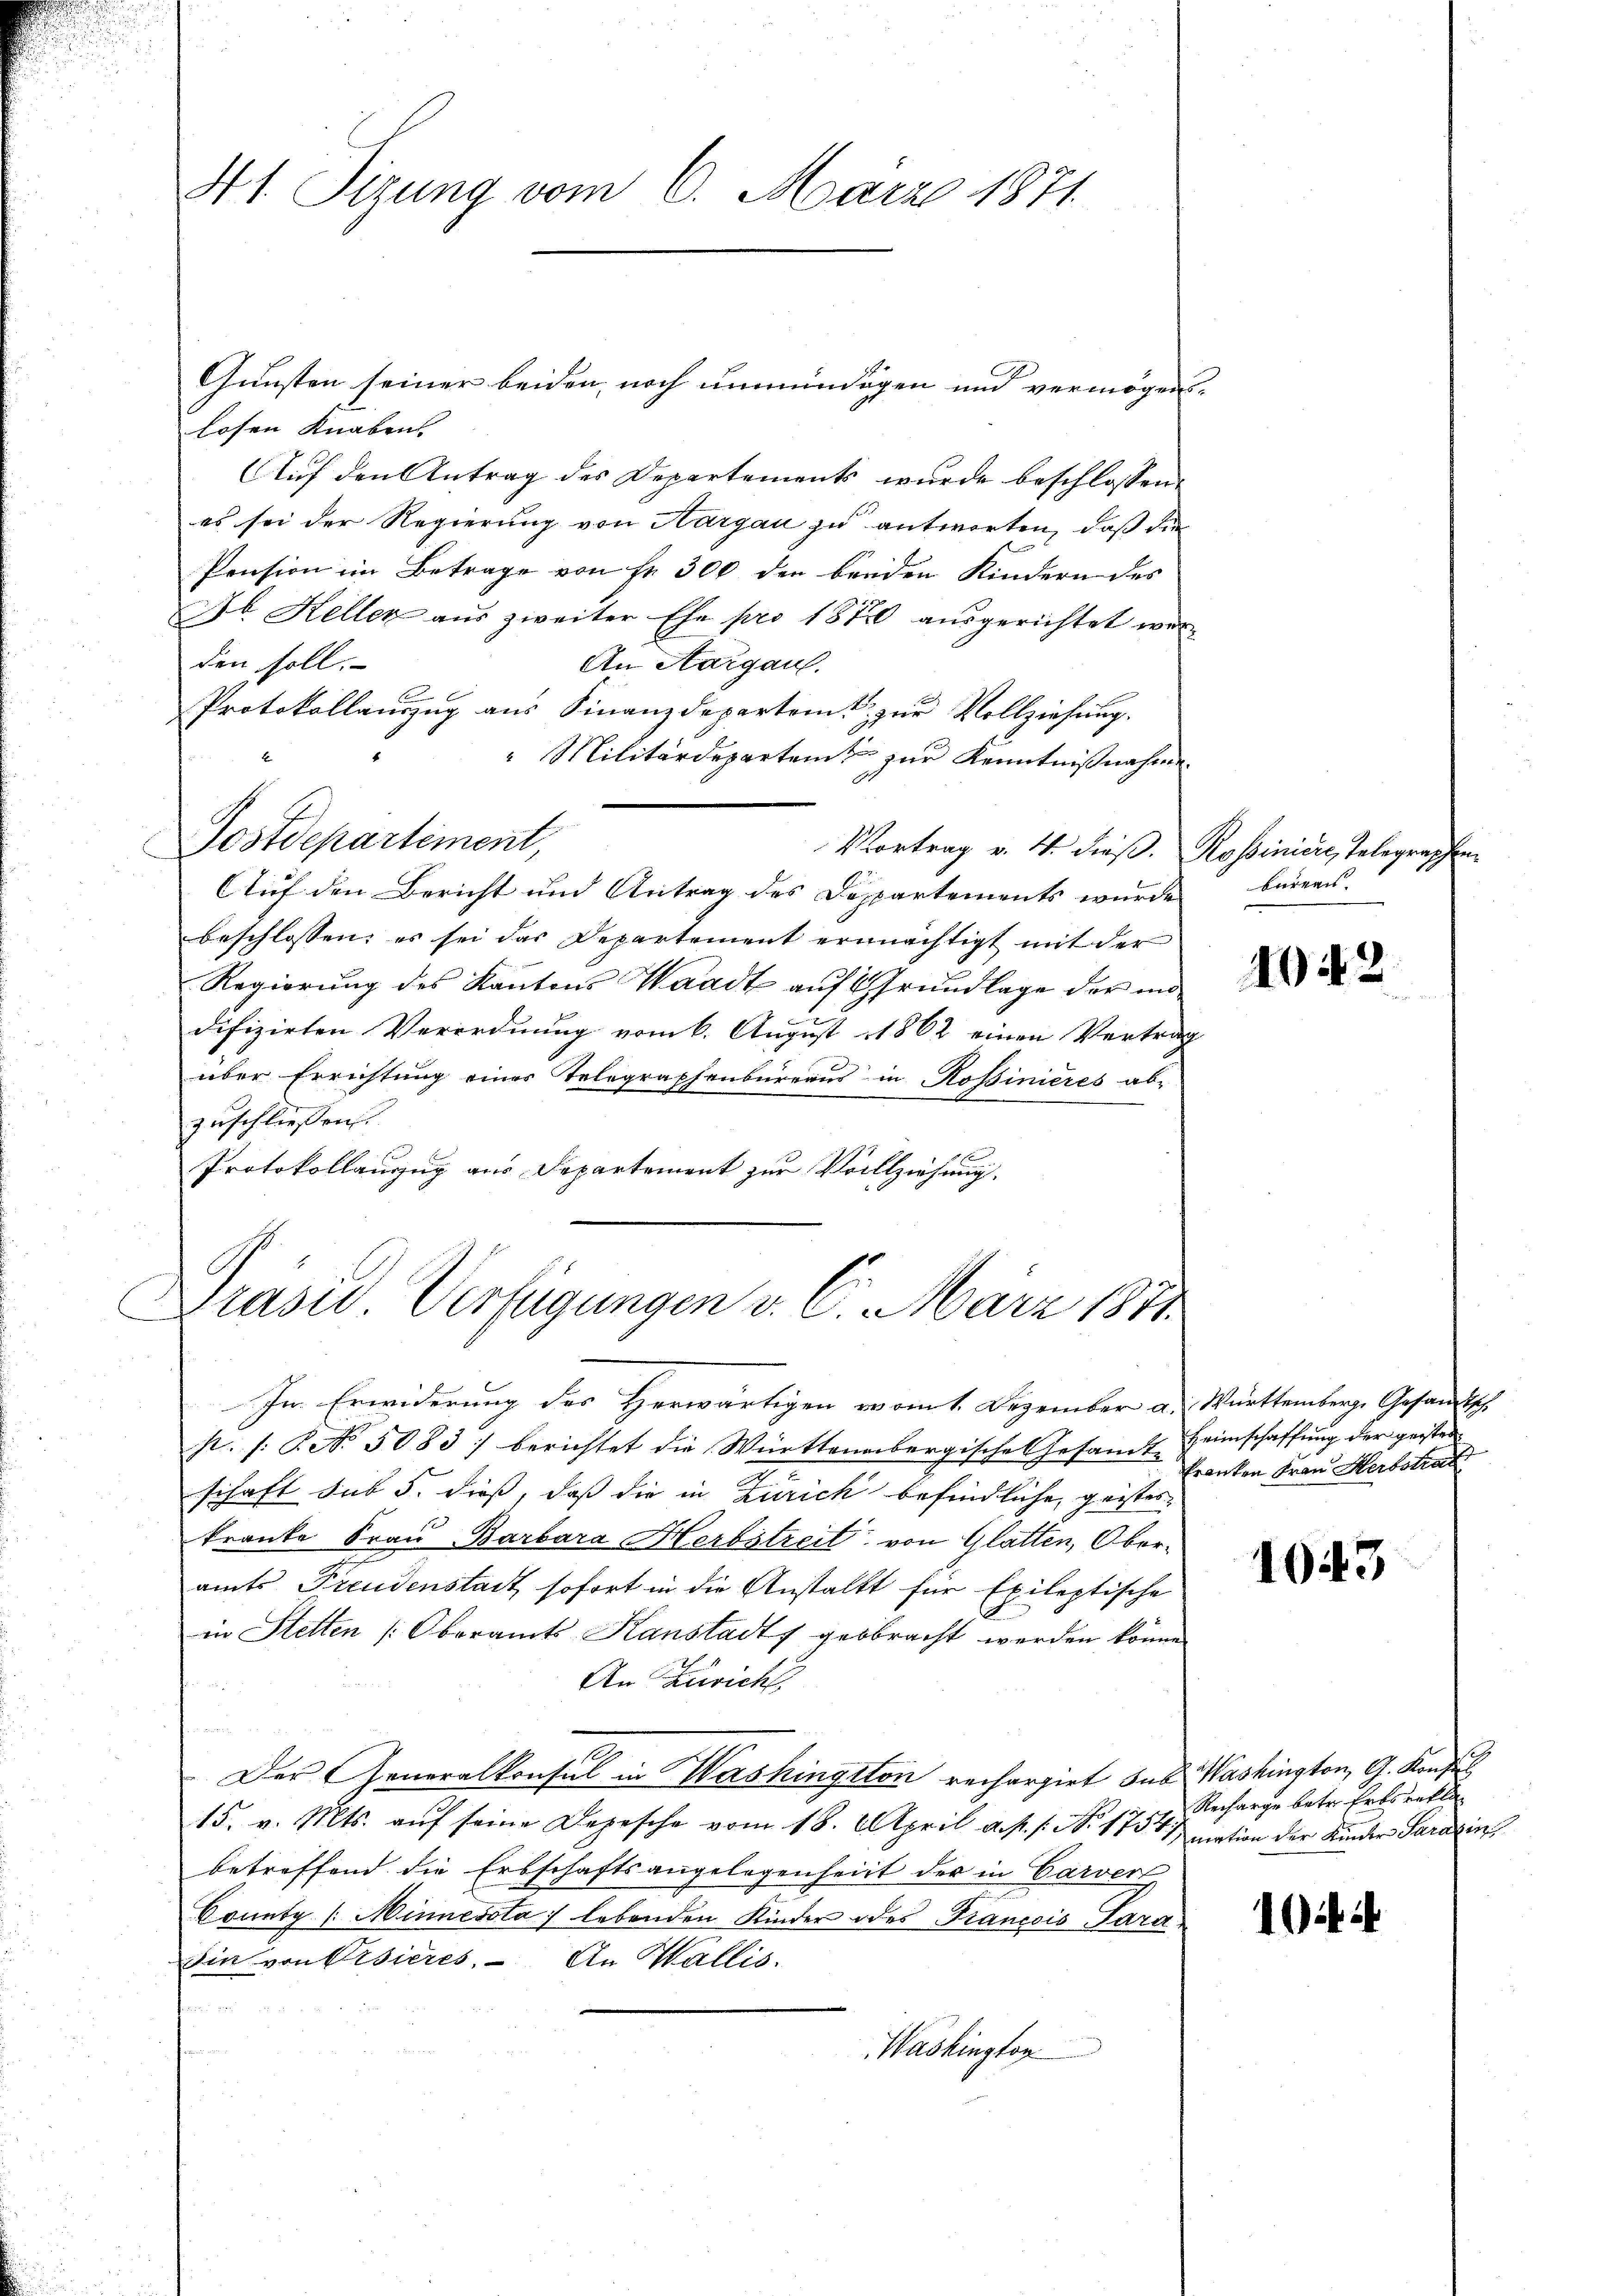
N 1. Sizung vom 6. März 1871.

Gunsten seiner beiden noch unmündigen und vermögen
losen Knaben.
Auf den Antrag des Departements wurde beschlossen:
es sei der Regierung von Hargau zu antworten, daß die
Pension im Betrage von fr. 300 den beiden Kindern des
Jb. Keller aŭs zweiter Ehe pro 1870 aŭsgerichtet werden soll.
An Aargau.
Protokollauszug aus Finanzdepartamt zur Vollziehung.
" Militärdepartent zur Kenntnißnahme.
Postdepartement,
Vortrag v. 4. dieß. Rossiničić, Telegraphen
Auf den Bericht und Antrag des Departements wurde bureau
beschlossen; es sei das Departement ermächtigt mit der
Regierung des Kantons Waadt auf Grundlage der in
difizirten Verordnung vom 6. August 1862 einen Vertrag
über Errichtung eines Telegraphenbureaus in Rossinieres ab-
zuschliessen.
Protokollauszug aus Departement zur Vollziehung.

Präsid. Verfügungen v. 6. März 1871

Im Erwiderung des Herwärtigen vom 1. Dezember a. Württemberg. Gesandtsch
K. s. No. 5083) berichtet die Württenbergische Gesamt Heimschaffung der geisten
schaft sub 5. dieß, daß die in Zürich befindliche, geistes
kranke Frau Barbara Herbstreit von Glatten, Oberamts Freudenstadt sofort in die Anstalt für Epileptische
in Stetten (Oberamts Kanstadt gebracht werden könne.
An Zürich,
u
Der Generalkonsul in Washington rechargirt das Washington, G. Konfus
15. v. Mts. aŭf seine Depesche vom 18. April a. p. 1. No. 1754 ination der Kinder Sarazin
betreffend die Erbschaftsangelegenheit der in Carver
County (Minnessta lebenden Kinder des Francois Para¬
Die von Visieres. An Wallis.

Washington

1042

Franken Frau Herbstrat

1043

Recharge betr. Erbsrefli

1